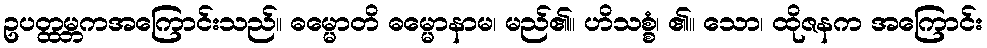
ဥပတ္ထမ္ဘကအကြောင်းသည်။ ဓမ္မောတိ ဓမ္မောနာမ၊ မည်၏။ ဟိသစ္စံ၊ ၏။ သော၊ ထိုဇနက အကြောင်း